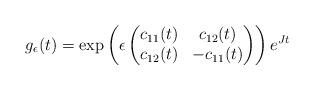
LaTeX: \begin{align*}g_\epsilon(t) = \exp\left(\epsilon \begin{pmatrix}c_{11}(t) & c_{12}(t)\\ c_{12}(t) & -c_{11}(t)\end{pmatrix}\right) e^{J t}\end{align*}